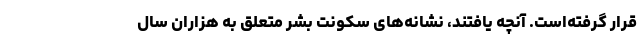
قرار گرفته‌است. آنچه یافتند، نشانه‌های سکونت بشر متعلق به هزاران سال